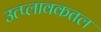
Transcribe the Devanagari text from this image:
उत्प्लावकतल